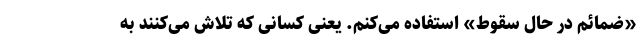
«ضمائم در حال سقوط» استفاده می‌کنم. یعنی کسانی که تلاش می‌کنند به